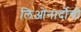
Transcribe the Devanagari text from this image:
लिओनार्दोची